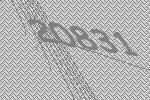
20831